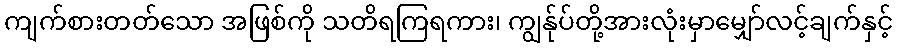
ကျက်စားတတ်သော အဖြစ်ကို သတိရကြရကား၊ ကျွန်ုပ်တို့အားလုံးမှာမျှော်လင့်ချက်နှင့်